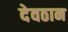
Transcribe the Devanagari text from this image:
देवठान